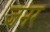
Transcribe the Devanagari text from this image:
जनर